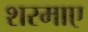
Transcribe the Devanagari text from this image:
शरमाए